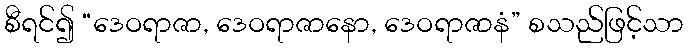
စီရင်၍ “ဒေဝရာဇာ, ဒေဝရာဇာနော, ဒေဝရာဇာနံ” စသည်ဖြင့်သာ